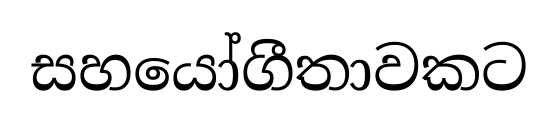
සහයෝගීතාවකට